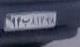
۹۶ب۸۱۲۹۸